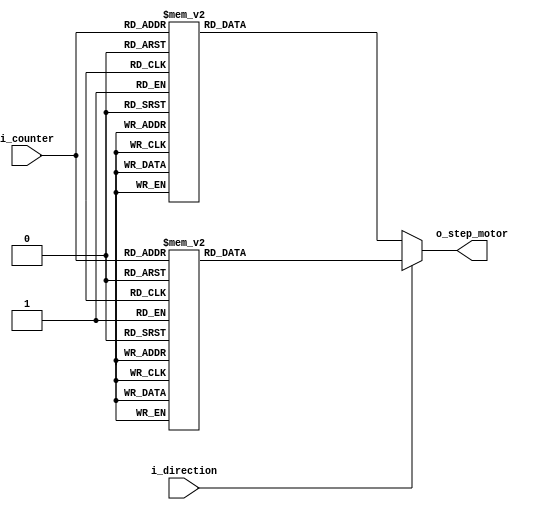
`timescale 1ns / 1ps

module Mux3x4(
    input [2:0] i_counter,
    input i_direction,
    output [3:0] o_step_motor
    );

    reg [3:0] r_step_motor;
    assign o_step_motor = r_step_motor;

    always @(*) begin
        if (i_direction) begin
            case (i_counter)
            3'b000 : r_step_motor = 4'b0001;
            3'b001 : r_step_motor = 4'b0011;
            3'b010 : r_step_motor = 4'b0010;
            3'b011 : r_step_motor = 4'b0110;
            3'b100 : r_step_motor = 4'b0100;
            3'b101 : r_step_motor = 4'b1100;
            3'b110 : r_step_motor = 4'b1000;
            3'b111 : r_step_motor = 4'b1001;
            default : r_step_motor = 4'b0000;
            endcase
        end
        else begin
            case (i_counter)
            3'b000 : r_step_motor = 4'b1001;
            3'b001 : r_step_motor = 4'b1000;
            3'b010 : r_step_motor = 4'b1100;
            3'b011 : r_step_motor = 4'b0100;
            3'b100 : r_step_motor = 4'b0110;
            3'b101 : r_step_motor = 4'b0010;
            3'b110 : r_step_motor = 4'b0011;
            3'b111 : r_step_motor = 4'b0001;
            default : r_step_motor = 4'b0000;
            endcase
        end
    end
endmodule